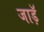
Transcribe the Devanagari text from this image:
जाड़ॅ